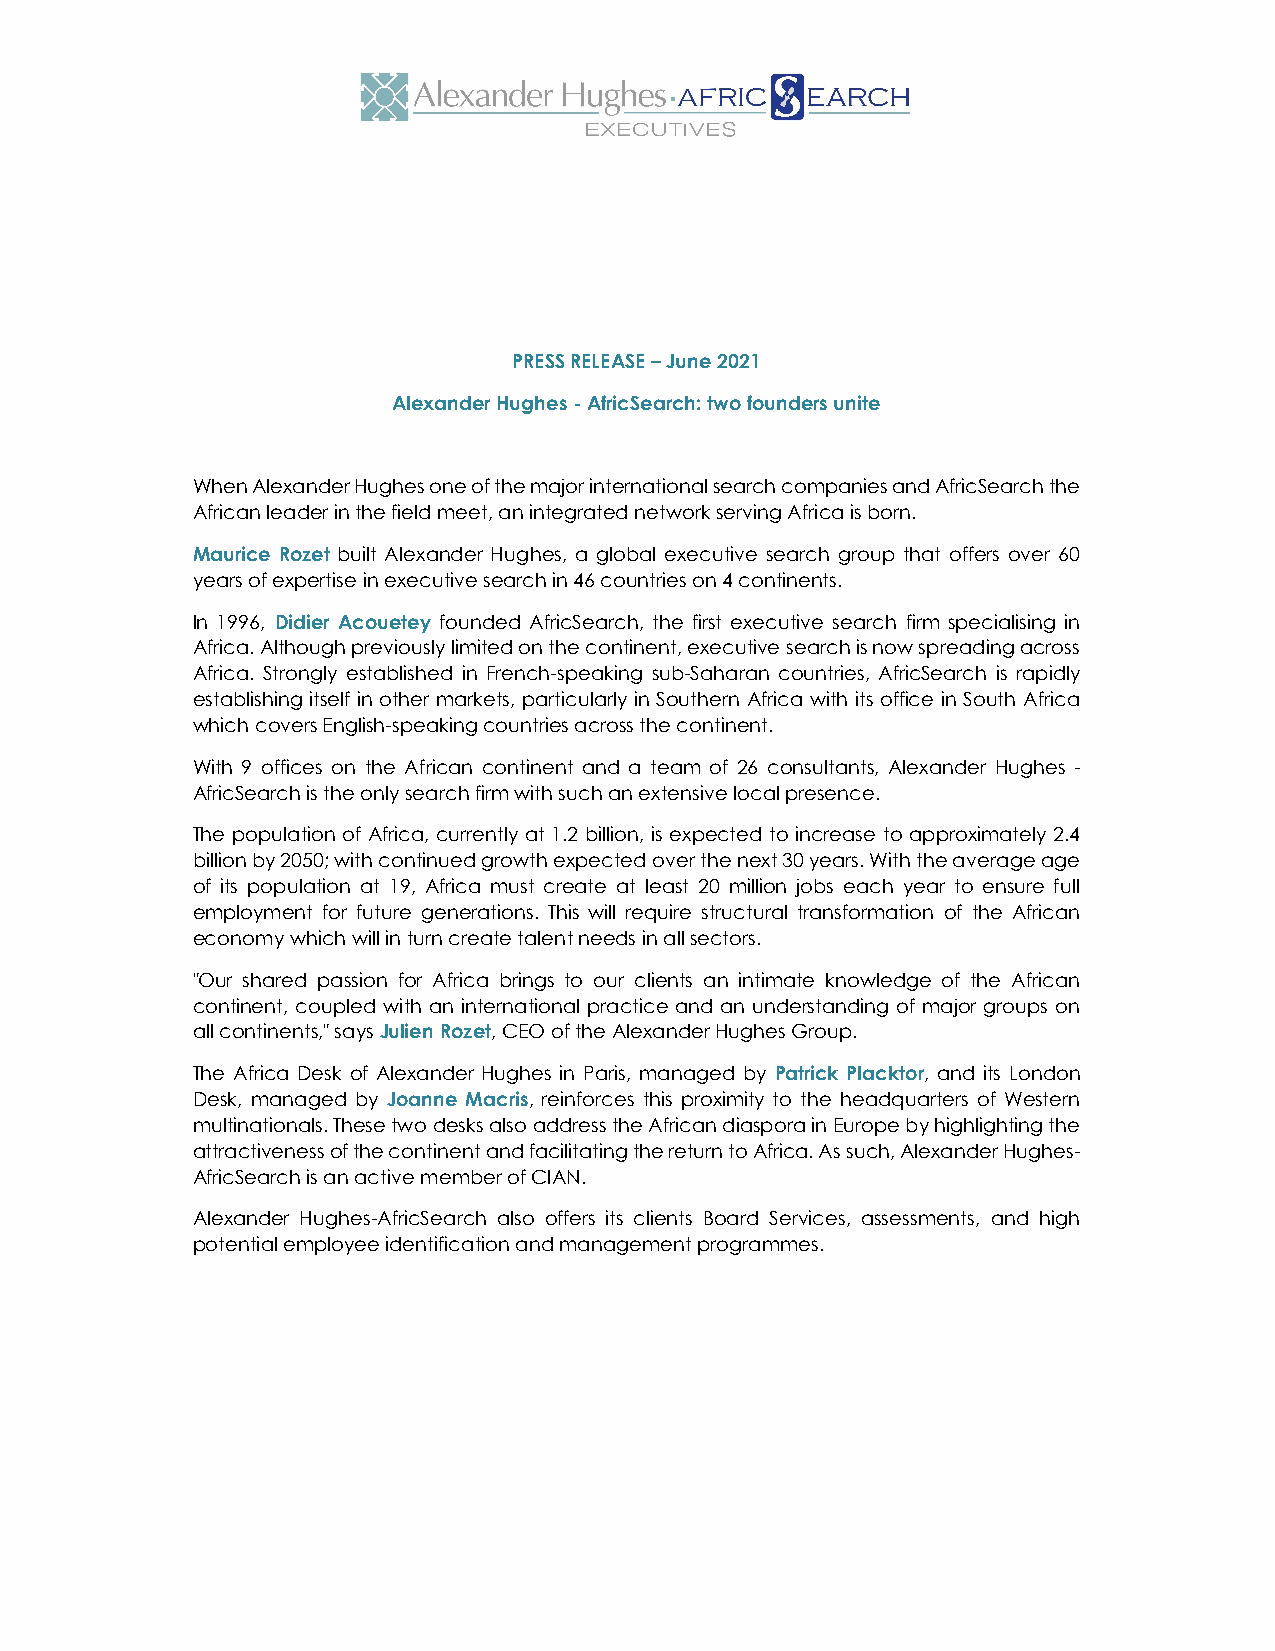
PRESS RELEASE – June 2021
 Alexander Hughes - AfricSearch: two founders unite
 When Alexander Hughes one of the major international search companies and AfricSearch the
 African leader in the field meet, an integrated network serving Africa is born.
 Maurice Rozet built Alexander Hughes, a global executive search group that offers over 60
 years of expertise in executive search in 46 countries on 4 continents.
 In 1996, Didier Acouetey founded AfricSearch, the first executive search firm specialising in
 Africa. Although previously limited on the continent, executive search is now spreading across
 Africa. Strongly established in French-speaking sub-Saharan countries, AfricSearch is rapidly
 establishing itself in other markets, particularly in Southern Africa with its office in South Africa
 which covers English-speaking countries across the continent.
 With 9 offices on the African continent and a team of 26 consultants, Alexander Hughes -
 AfricSearch is the only search firm with such an extensive local presence.
 The population of Africa, currently at 1.2 billion, is expected to increase to approximately 2.4
 billion by 2050; with continued growth expected over the next 30 years. With the average age
 of its population at 19, Africa must create at least 20 million jobs each year to ensure full
 employment for future generations. This will require structural transformation of the African
 economy which will in turn create talent needs in all sectors.
 "Our shared passion for Africa brings to our clients an intimate knowledge of the African
 continent, coupled with an international practice and an understanding of major groups on
 all continents," says Julien Rozet, CEO of the Alexander Hughes Group.
 The Africa Desk of Alexander Hughes in Paris, managed by Patrick Placktor, and its London
 Desk, managed by Joanne Macris, reinforces this proximity to the headquarters of Western
 multinationals. These two desks also address the African diaspora in Europe by highlighting the
 attractiveness of the continent and facilitating the return to Africa. As such, Alexander Hughes-
 AfricSearch is an active member of CIAN.
 Alexander Hughes-AfricSearch also offers its clients Board Services, assessments, and high
 potential employee identification and management programmes.